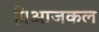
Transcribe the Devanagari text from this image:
हैं।आजकल